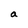
Character: a